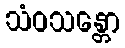
သံဝသန္တော